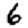
Digit: 6